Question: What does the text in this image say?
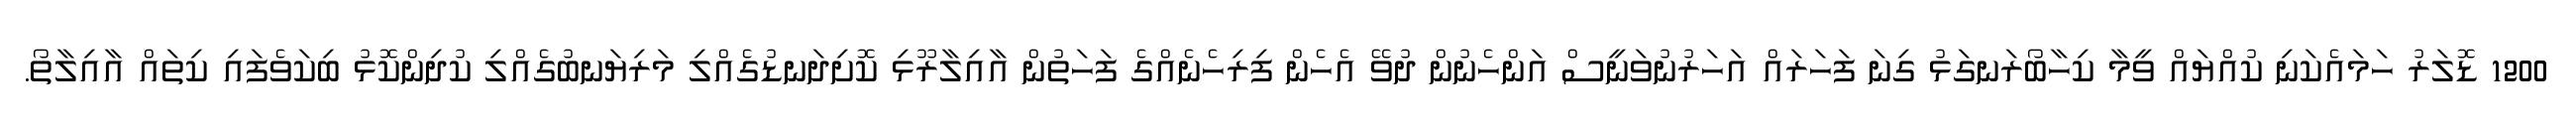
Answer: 1200 ޑޮލަރު ހަމައެކަނި ކުއްޔައް ވީމާ ކިހާބޯރަނގަޅު ގިނަ ފަހަރައް އަހަރުނުވަނީސް އަންހެނުން ދުވޭ އެހެން ފިރިހެނެއްގެ ފަހަތުން އާއިލާރޫޅި ކޮށިދަނޑުގެއްލި މަރިޔަނބުގެއްލި ކުދިންކޮޅު ބިކަވެފައި ކިތައް އާއިލާތޯ.